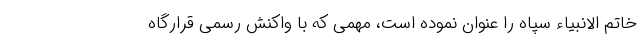
خاتم الانبیاء سپاه را عنوان نموده است، مهمی که با واکنش رسمی قرارگاه